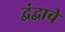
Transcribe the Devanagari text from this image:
द्वंद्वाचे